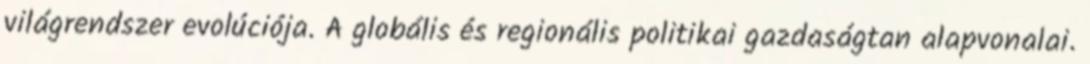
világrendszer evolúciója. A globális és regionális politikai gazdaságtan alapvonalai.